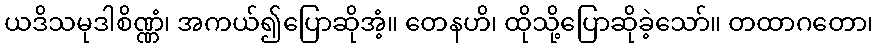
ယဒိသမုဒါစိဏ္ဏံ၊ အကယ်၍ပြောဆိုအံ့။ တေနဟိ၊ ထိုသို့ပြောဆိုခဲ့သော်။ တထာဂတော၊